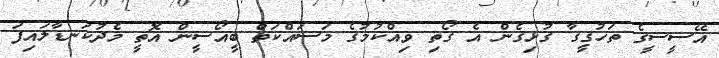
އޭސީސީގެ ތަހުގީގާ ގުޅިގެން އެ ގޯތި ވިއްކުމުގެ މަސައްކަތް ބީއޯސީން އޮތީ މެދުކަނޑާލައިފަ